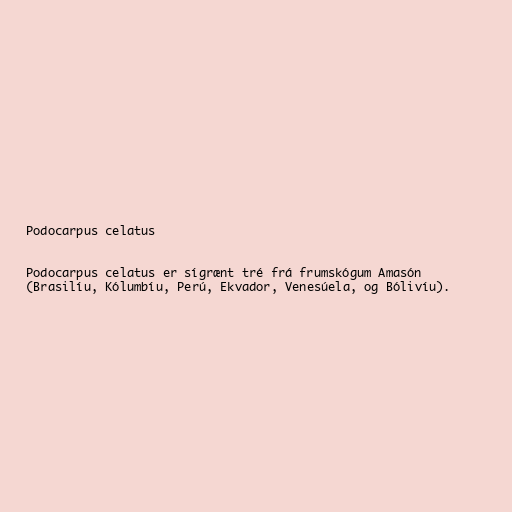
Podocarpus celatus

Podocarpus celatus er sígrænt tré frá frumskógum Amasón
(Brasilíu, Kólumbíu, Perú, Ekvador, Venesúela, og Bólivíu).